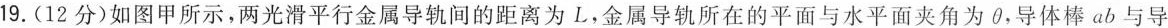
19.(12分)如图甲所示，两光滑平行金属导轨间的距离为L，金属导轨所在的平面与水平面夹角为θ，导体棒ab与导